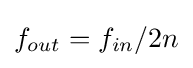
f_{out}=f_{in}/2n